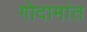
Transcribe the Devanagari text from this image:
गोदामांत